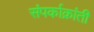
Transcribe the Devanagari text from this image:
संपर्काक्रांती